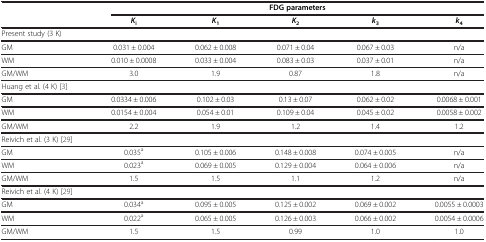
<table><thead><tr><td rowspan="2"><b> </b></td><td colspan="5"><b>FDG parameters</b></td></tr><tr><td><b><i>K</i><sub>i</sub></b></td><td><b><i>K</i><sub>1</sub></b></td><td><b><i>K</i><sub>2</sub></b></td><td><b><i>k</i><sub>3</sub></b></td><td><b><i>k</i><sub>4</sub></b></td></tr></thead><tbody><tr><td>Present study (3 K)</td><td> </td><td> </td><td> </td><td> </td><td> </td></tr><tr><td>GM</td><td>0.031 ± 0.004</td><td>0.062 ± 0.008</td><td>0.071 ± 0.04</td><td>0.067 ± 0.03</td><td>n/a</td></tr><tr><td>WM</td><td>0.010 ± 0.0008</td><td>0.033 ± 0.004</td><td>0.083 ± 0.03</td><td>0.037 ± 0.01</td><td>n/a</td></tr><tr><td>GM/WM</td><td>3.0</td><td>1.9</td><td>0.87</td><td>1.8</td><td>n/a</td></tr><tr><td>Huang et al. (4 K) [3]</td><td> </td><td> </td><td> </td><td> </td><td> </td></tr><tr><td>GM</td><td>0.0334 ± 0.006</td><td>0.102 ± 0.03</td><td>0.13 ± 0.07</td><td>0.062 ± 0.02</td><td>0.0068 ± 0.001</td></tr><tr><td>WM</td><td>0.0154 ± 0.004</td><td>0.054 ± 0.01</td><td>0.109 ± 0.04</td><td>0.045 ± 0.02</td><td>0.0058 ± 0.002</td></tr><tr><td>GM/WM</td><td>2.2</td><td>1.9</td><td>1.2</td><td>1.4</td><td>1.2</td></tr><tr><td>Reivich et al. (3 K) [29]</td><td> </td><td> </td><td> </td><td> </td><td> </td></tr><tr><td>GM</td><td>0.035<sup>a</sup></td><td>0.105 ± 0.006</td><td>0.148 ± 0.008</td><td>0.074 ± 0.005</td><td>n/a</td></tr><tr><td>WM</td><td>0.023<sup>a</sup></td><td>0.069 ± 0.005</td><td>0.129 ± 0.004</td><td>0.064 ± 0.006</td><td>n/a</td></tr><tr><td>GM/WM</td><td>1.5</td><td>1.5</td><td>1.1</td><td>1.2</td><td>n/a</td></tr><tr><td>Reivich et al. (4 K) [29]</td><td> </td><td> </td><td> </td><td> </td><td> </td></tr><tr><td>GM</td><td>0.034<sup>a</sup></td><td>0.095 ± 0.005</td><td>0.125 ± 0.002</td><td>0.069 ± 0.002</td><td>0.0055 ± 0.0003</td></tr><tr><td>WM</td><td>0.022<sup>a</sup></td><td>0.065 ± 0.005</td><td>0.126 ± 0.003</td><td>0.066 ± 0.002</td><td>0.0054 ± 0.0006</td></tr><tr><td>GM/WM</td><td>1.5</td><td>1.5</td><td>0.99</td><td>1.0</td><td>1.0</td></tr></tbody></table>